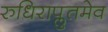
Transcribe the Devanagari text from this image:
रुधिराप्लुतमेव